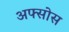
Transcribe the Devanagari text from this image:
अफ्सोस